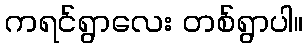
ကရင်ရွာလေး တစ်ရွာပါ။